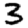
Digit: 3